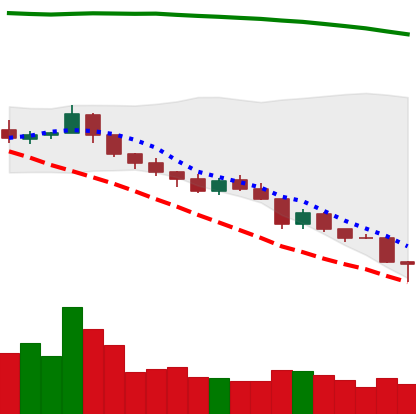
Ticker: TRX-USD
Chart end date: 2018-08-14
Forward return: 16.811%
Label: up_7plus